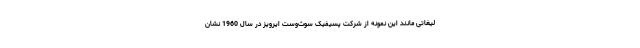
لیغاتی مانند این نمونه از شرکت پسیفیک سوث‌وست ایرویز در سال 1960 نشان